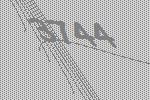
3744